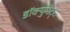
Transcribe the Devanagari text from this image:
डॉक्युमेंट्‌स